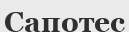
Сапотес